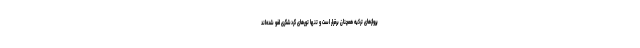
پروازهای ترکیه همچنان برقرار است و تنها تورهای گردشگری لغو شده‌اند